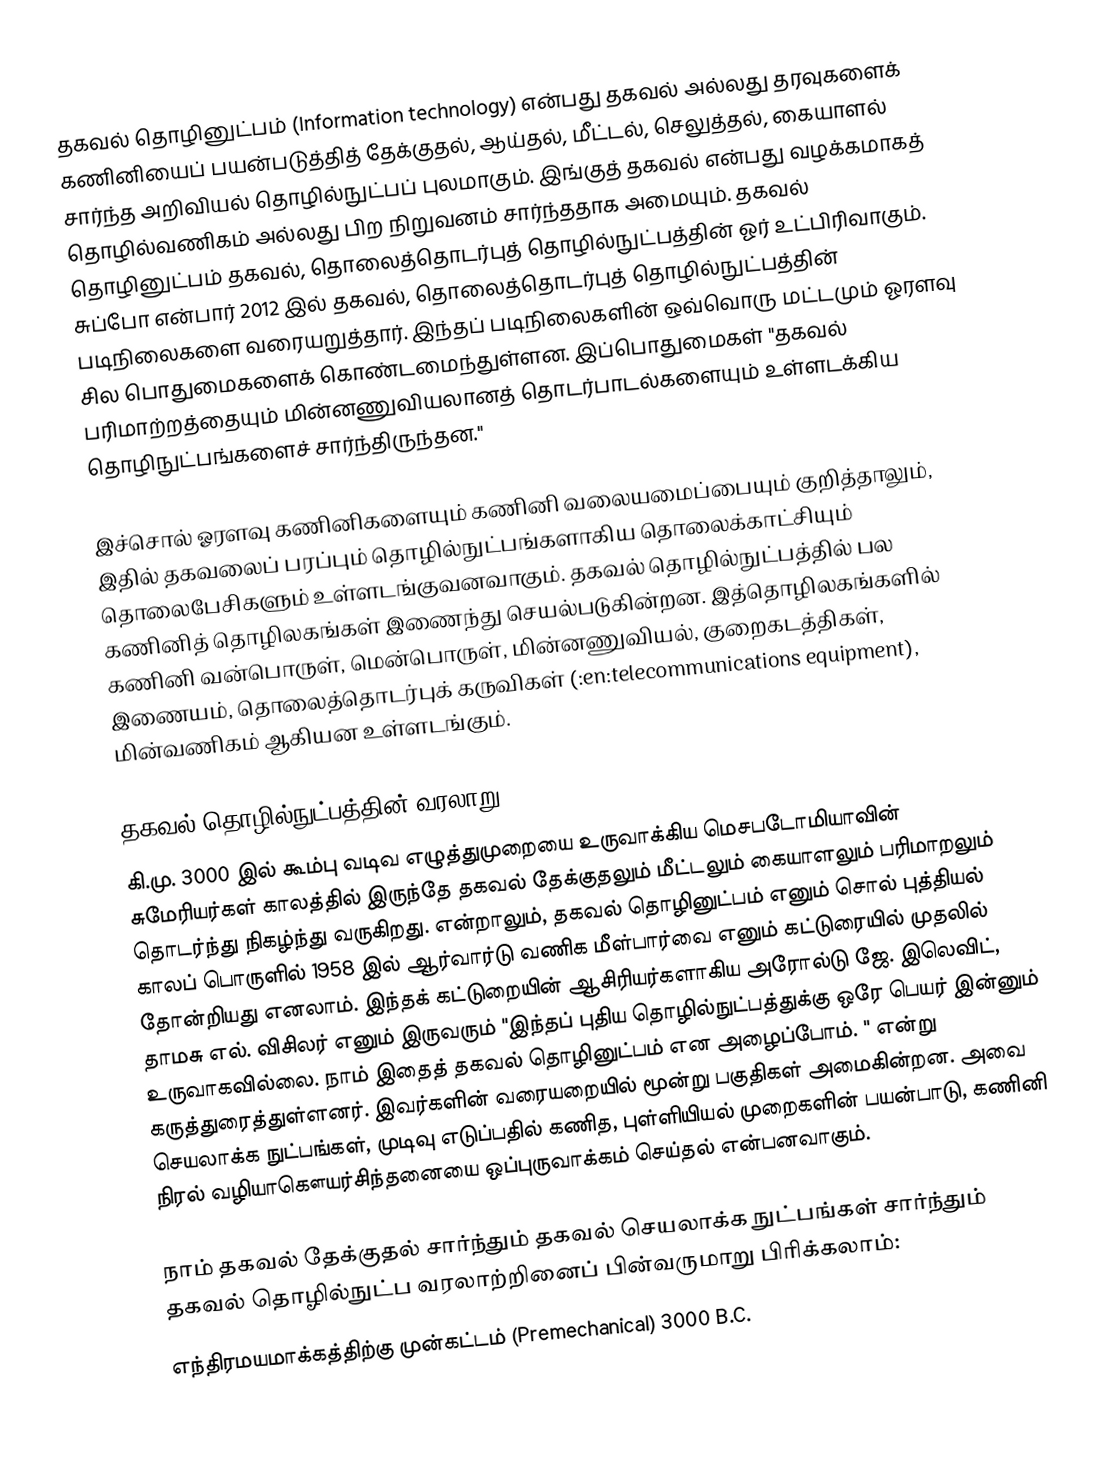
தகவல் தொழினுட்பம் (Information technology)  என்பது தகவல் அல்லது தரவுகளைக் கணினியைப் பயன்படுத்தித் தேக்குதல், ஆய்தல், மீட்டல், செலுத்தல், கையாளல் சார்ந்த அறிவியல் தொழில்நுட்பப் புலமாகும். இங்குத் தகவல் என்பது வழக்கமாகத் தொழில்வணிகம் அல்லது பிற நிறுவனம் சார்ந்ததாக அமையும். தகவல் தொழினுட்பம் தகவல், தொலைத்தொடர்புத் தொழில்நுட்பத்தின் ஓர் உட்பிரிவாகும். சுப்போ என்பார் 2012 இல் தகவல், தொலைத்தொடர்புத் தொழில்நுட்பத்தின் படிநிலைகளை வரையறுத்தார். இந்தப் படிநிலைகளின் ஒவ்வொரு மட்டமும்  ஓரளவு சில பொதுமைகளைக் கொண்டமைந்துள்ளன. இப்பொதுமைகள் "தகவல் பரிமாற்றத்தையும் மின்னணுவியலானத் தொடர்பாடல்களையும் உள்ளடக்கிய தொழிநுட்பங்களைச் சார்ந்திருந்தன."

இச்சொல் ஓரளவு கணினிகளையும் கணினி வலையமைப்பையும் குறித்தாலும், இதில் தகவலைப் பரப்பும் தொழில்நுட்பங்களாகிய தொலைக்காட்சியும் தொலைபேசிகளும் உள்ளடங்குவனவாகும். தகவல் தொழில்நுட்பத்தில் பல கணினித் தொழிலகங்கள் இணைந்து செயல்படுகின்றன. இத்தொழிலகங்களில்  கணினி வன்பொருள், மென்பொருள், மின்னணுவியல், குறைகடத்திகள், இணையம், தொலைத்தொடர்புக் கருவிகள் (:en:telecommunications equipment), மின்வணிகம் ஆகியன உள்ளடங்கும்.

தகவல் தொழில்நுட்பத்தின் வரலாறு
கி.மு. 3000 இல் கூம்பு வடிவ எழுத்துமுறையை உருவாக்கிய மெசபடோமியாவின் சுமேரியர்கள் காலத்தில் இருந்தே தகவல் தேக்குதலும் மீட்டலும் கையாளலும் பரிமாறலும் தொடர்ந்து நிகழ்ந்து வருகிறது. என்றாலும், தகவல் தொழினுட்பம் எனும் சொல் புத்தியல் காலப் பொருளில் 1958 இல் ஆர்வார்டு வணிக மீள்பார்வை எனும் கட்டுரையில் முதலில் தோன்றியது எனலாம். இந்தக் கட்டுறையின் ஆசிரியர்களாகிய அரோல்டு ஜே. இலெவிட், தாமசு எல். விசிலர் எனும் இருவரும்  "இந்தப் புதிய தொழில்நுட்பத்துக்கு ஒரே பெயர் இன்னும் உருவாகவில்லை. நாம் இதைத் தகவல் தொழினுட்பம் என அழைப்போம். " என்று கருத்துரைத்துள்ளனர். இவர்களின் வரையறையில் மூன்று பகுதிகள் அமைகின்றன. அவை செயலாக்க நுட்பங்கள், முடிவு எடுப்பதில் கணித, புள்ளியியல் முறைகளின் பயன்பாடு, கணினி நிரல் வழியாகௌயர்சிந்தனையை ஒப்புருவாக்கம் செய்தல் என்பனவாகும்.

நாம் தகவல் தேக்குதல் சார்ந்தும் தகவல் செயலாக்க நுட்பங்கள் சார்ந்தும் தகவல் தொழில்நுட்ப வரலாற்றினைப் பின்வருமாறு பிரிக்கலாம்:
 எந்திரமயமாக்கத்திற்கு முன்கட்டம் (Premechanical) 3000 B.C.